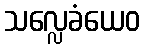
သလ္လေခံယေဝ